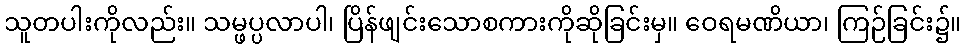
သူတပါးကိုလည်း။ သမ္ဖပ္ပလာပါ၊ ပြိန်ဖျင်းသောစကားကိုဆိုခြင်းမှ။ ဝေရမဏိယာ၊ ကြဉ်ခြင်း၌။